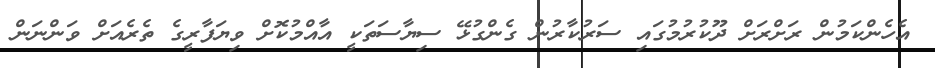
އެހެންކަމުން ރަށްރަށް ދޫކުރުމުގައި ސަރުކާރުން ގެންގުޅޭ ސިޔާސަތަކީ އާއްމުކޮށް ވިޔަފާރީގެ ތެރެއަށް ވަންނަން